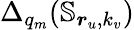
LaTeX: \Delta_{q_{m}}(\mathbb{S}_{\boldsymbol{r}_{u},k_{v}})